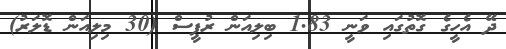
ދޭ އެހީގެ ގޮތުގައި ވަނީ 1.83 ބިލިއަން ރުޕީސް (30 މިލިއަން ޑޮލަރު)